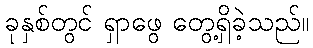
ခုနှစ်တွင် ရှာဖွေ တွေ့ရှိခဲ့သည်။